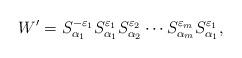
LaTeX: \begin{align*}W'=S^{-\varepsilon_1}_{\alpha_1} S^{\varepsilon_1}_{\alpha_1} S^{\varepsilon_2}_{\alpha_2} \cdots S^{\varepsilon_m}_{\alpha_m} S^{\varepsilon_1}_{\alpha_1},\end{align*}